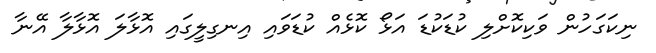
ނިކަގަހުން ވަކިކޮށްލި ކުޑަކުޑަ އަޅޯ ކޮޅެއް ކުޑަވައި އިނގިލީގައި އޮޅާލަ އޮޅާލާ އޭނާ